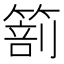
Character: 𥰵